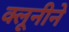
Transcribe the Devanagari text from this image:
क्लूनीने